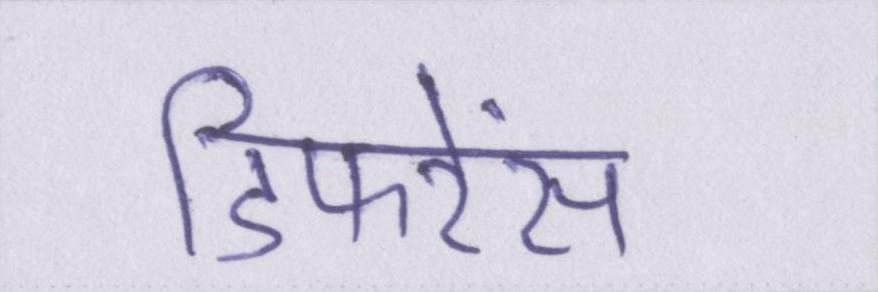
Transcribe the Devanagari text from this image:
डिफरेंस